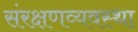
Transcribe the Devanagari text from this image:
संरक्षणव्यवस्था